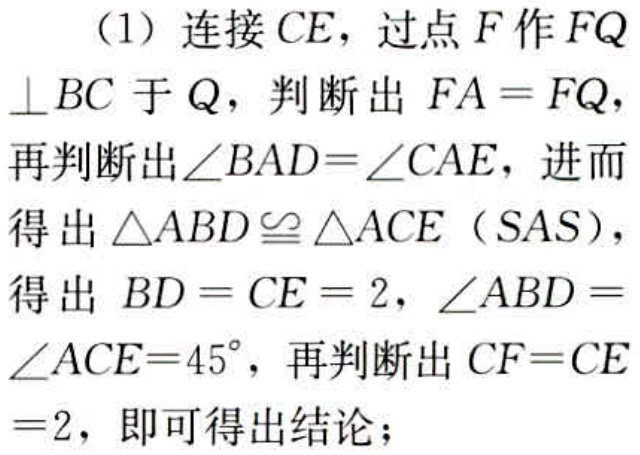
（1）连接 \(CE\)，过点 \(F\) 作 \(FQ\perp BC\) 于 \(Q\)，判断出 \(FA = FQ\)，再判断出\(\angle BAD=\angle CAE\)，进而得出\(\triangle ABD\cong\triangle ACE\)（\(SAS\)），得出 \(BD = CE = 2\)，\(\angle ABD =\angle ACE = 45^{\circ}\)，再判断出 \(CF = CE=2\)，即可得出结论；